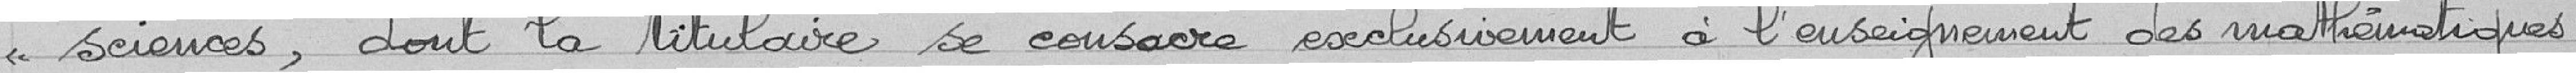
"sciences, dont la titulaire se consacre exclusivement à l'enseignement des mathématiques;